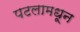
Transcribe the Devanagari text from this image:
पटलामधून